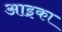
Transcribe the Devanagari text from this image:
आइका